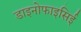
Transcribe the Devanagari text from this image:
डाइनोफाइसिई